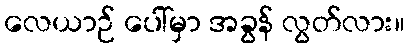
လေယာဉ် ပေါ်မှာ အခွန် လွတ်လား။